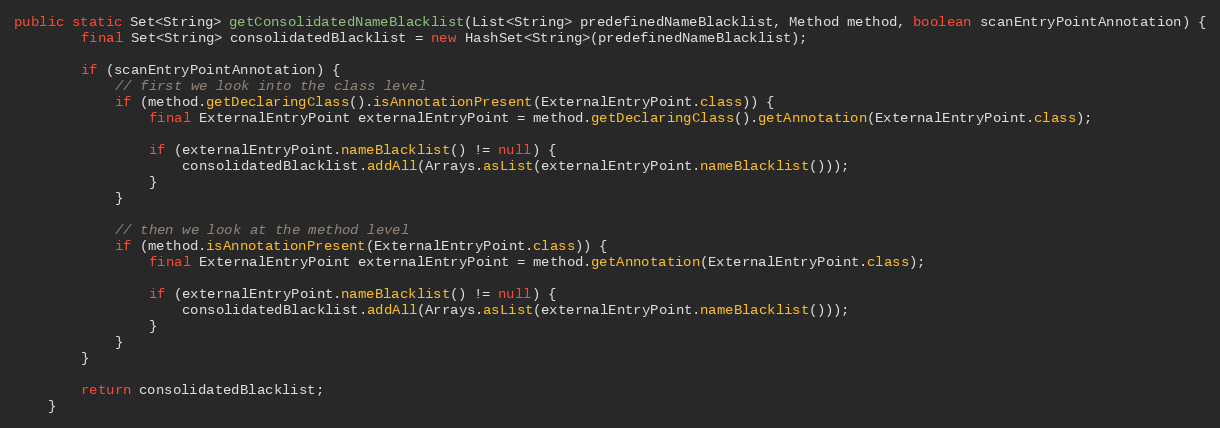
Language: Java
public static Set<String> getConsolidatedNameBlacklist(List<String> predefinedNameBlacklist, Method method, boolean scanEntryPointAnnotation) {
		final Set<String> consolidatedBlacklist = new HashSet<String>(predefinedNameBlacklist);

		if (scanEntryPointAnnotation) {
			// first we look into the class level
			if (method.getDeclaringClass().isAnnotationPresent(ExternalEntryPoint.class)) {
				final ExternalEntryPoint externalEntryPoint = method.getDeclaringClass().getAnnotation(ExternalEntryPoint.class);

				if (externalEntryPoint.nameBlacklist() != null) {
					consolidatedBlacklist.addAll(Arrays.asList(externalEntryPoint.nameBlacklist()));
				}
			}

			// then we look at the method level
			if (method.isAnnotationPresent(ExternalEntryPoint.class)) {
				final ExternalEntryPoint externalEntryPoint = method.getAnnotation(ExternalEntryPoint.class);

				if (externalEntryPoint.nameBlacklist() != null) {
					consolidatedBlacklist.addAll(Arrays.asList(externalEntryPoint.nameBlacklist()));
				}
			}
		}

		return consolidatedBlacklist;
	}